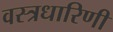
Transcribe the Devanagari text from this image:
वस्त्रधारिणी